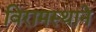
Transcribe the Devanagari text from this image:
विरामस्थाने